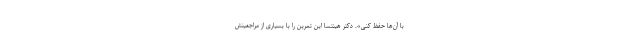
با آن‌ها حفظ کنی». دکتر هینتسا این تمرین را با بسیاری از مراجعینش